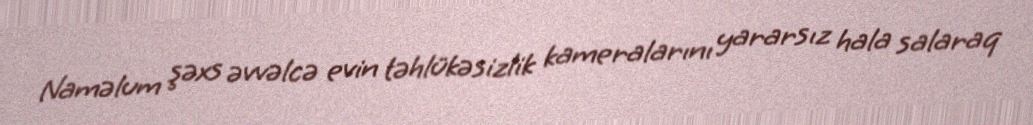
Naməlum şəxs əvvəlcə evin təhlükəsizlik kameralarını yararsız hala salaraq